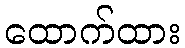
ထောက်ထား